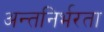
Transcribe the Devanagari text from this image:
अन्तनिर्भरता